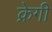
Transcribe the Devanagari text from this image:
क्रेगी